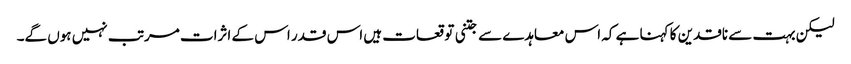
لیکن بہت سے ناقدین کا کہنا ہے کہ اس معاہدے سے جتنی توقعات ہیں اس قدر اس کے اثرات مرتب نہیں ہوں گے۔